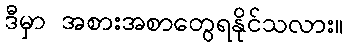
ဒီမှာ အစားအစာတွေရနိုင်သလား။